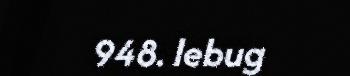
948. lebug